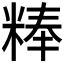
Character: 𰪾